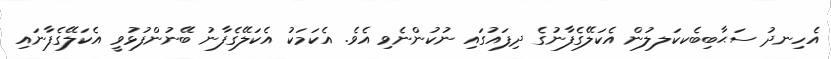
އެހިނދު ސަޙާބިބެކކަލލުން އެކަލޭގެފާނުގެ ދިފައުގައި ނުކުންނެވި އެވެ. އެކަމަކު އެކަލޭގެފާނު ބޭނުންފުޅުވީ އެކަލޭގެފާނައި